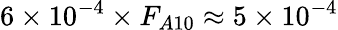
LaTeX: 6\times 10^{-4}\times F_{A10}\approx 5\times 10^{-4}